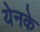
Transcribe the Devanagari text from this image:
येनके